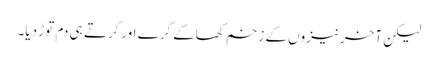
لیکن آخر نیزوں کے زخم کھاکے گرے اور گرتے ہی دم توڑ دیا۔